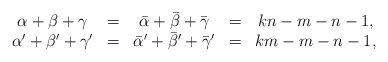
\begin{align*}\begin{array}{ccccc} \alpha+\beta+\gamma &=& \bar{\alpha}+\bar{\beta}+\bar{\gamma} &=& kn-m-n-1 ,\\ \alpha'+\beta'+\gamma' &=& \bar{\alpha}'+\bar{\beta}'+\bar{\gamma}' &=& km-m-n-1,\end{array}\end{align*}